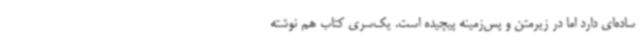
ساده‌ای دارد اما در زیرمتن و پس‌زمینه پیچیده است. یک‌سری کتاب هم نوشته